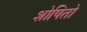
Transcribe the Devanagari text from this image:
शोषितो